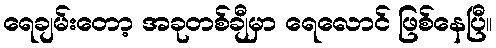
ရေချမ်းတော့ အခုတစ်ချီမှာ ရေလောင် ဖြစ်နေပြီ။